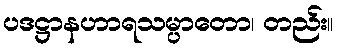
ပဒဋ္ဌာနဟာရသမ္ပာတော၊ တည်း။